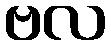
ဗလ